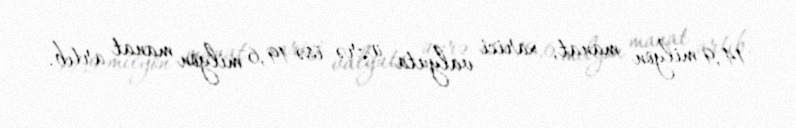
14,9 milyon manat, xarici valyuta üzrə isə 19,6 milyon manat artıb.